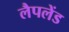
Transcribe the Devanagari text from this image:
लैपलेंड